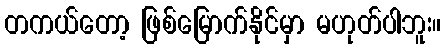
တကယ်တော့ ဖြစ်မြောက်နိုင်မှာ မဟုတ်ပါဘူး။